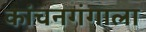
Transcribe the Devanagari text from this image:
कांचनगंगाला